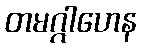
တမဂ္ဂါဟေန